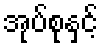
အုပ်စုနှင့်